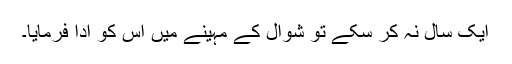
ایک سال نہ کر سکے تو شوال کے مہینے میں اس کو ادا فرمایا۔